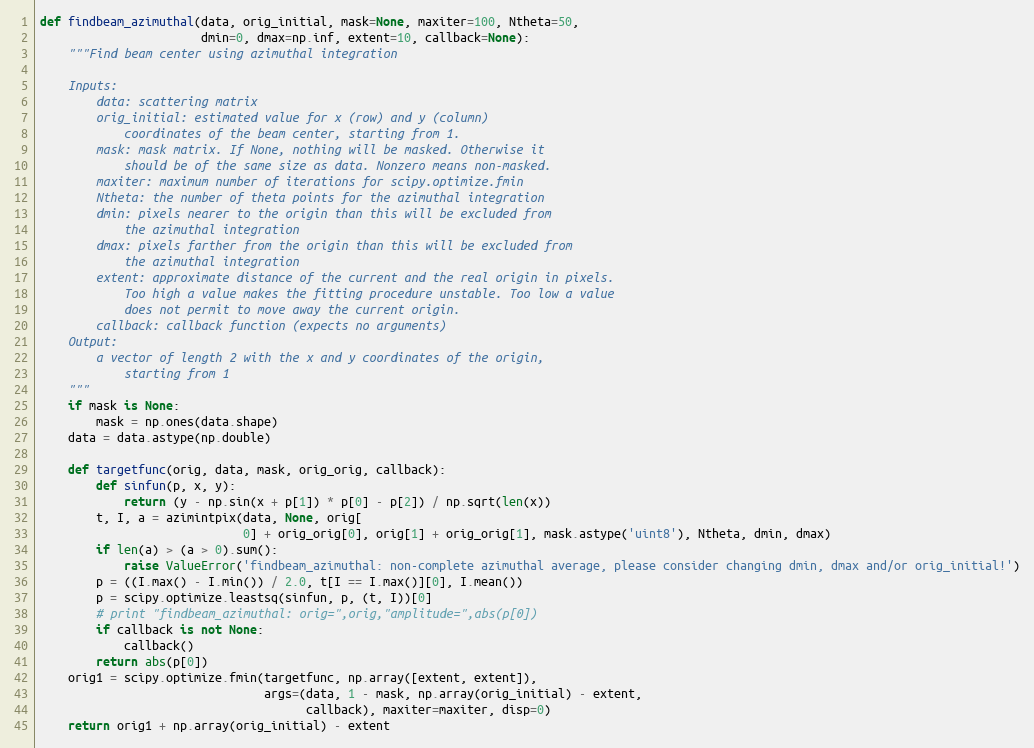
Language: Python
def findbeam_azimuthal(data, orig_initial, mask=None, maxiter=100, Ntheta=50,
                       dmin=0, dmax=np.inf, extent=10, callback=None):
    """Find beam center using azimuthal integration

    Inputs:
        data: scattering matrix
        orig_initial: estimated value for x (row) and y (column)
            coordinates of the beam center, starting from 1.
        mask: mask matrix. If None, nothing will be masked. Otherwise it
            should be of the same size as data. Nonzero means non-masked.
        maxiter: maximum number of iterations for scipy.optimize.fmin
        Ntheta: the number of theta points for the azimuthal integration
        dmin: pixels nearer to the origin than this will be excluded from
            the azimuthal integration
        dmax: pixels farther from the origin than this will be excluded from
            the azimuthal integration
        extent: approximate distance of the current and the real origin in pixels.
            Too high a value makes the fitting procedure unstable. Too low a value
            does not permit to move away the current origin.
        callback: callback function (expects no arguments)
    Output:
        a vector of length 2 with the x and y coordinates of the origin,
            starting from 1
    """
    if mask is None:
        mask = np.ones(data.shape)
    data = data.astype(np.double)

    def targetfunc(orig, data, mask, orig_orig, callback):
        def sinfun(p, x, y):
            return (y - np.sin(x + p[1]) * p[0] - p[2]) / np.sqrt(len(x))
        t, I, a = azimintpix(data, None, orig[
                             0] + orig_orig[0], orig[1] + orig_orig[1], mask.astype('uint8'), Ntheta, dmin, dmax)
        if len(a) > (a > 0).sum():
            raise ValueError('findbeam_azimuthal: non-complete azimuthal average, please consider changing dmin, dmax and/or orig_initial!')
        p = ((I.max() - I.min()) / 2.0, t[I == I.max()][0], I.mean())
        p = scipy.optimize.leastsq(sinfun, p, (t, I))[0]
        # print "findbeam_azimuthal: orig=",orig,"amplitude=",abs(p[0])
        if callback is not None:
            callback()
        return abs(p[0])
    orig1 = scipy.optimize.fmin(targetfunc, np.array([extent, extent]),
                                args=(data, 1 - mask, np.array(orig_initial) - extent,
                                      callback), maxiter=maxiter, disp=0)
    return orig1 + np.array(orig_initial) - extent